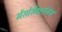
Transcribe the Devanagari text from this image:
मेंसोसैक्लोनेस